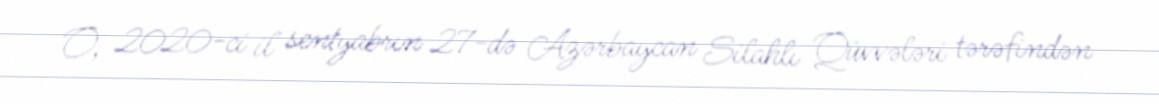
O, 2020-ci il sentyabrın 27-də Azərbaycan Silahlı Qüvvələri tərəfindən